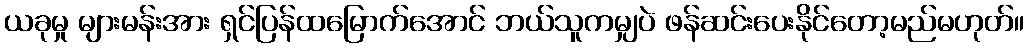
ယခုမှု များမန်းအား ရှင်ပြန်ထမြောက်အောင် ဘယ်သူကမျှပဲ ဖန်ဆင်းပေးနိုင်တော့မည်မဟုတ်။